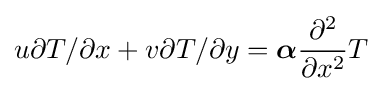
u\partial T/\partial x+v\partial T/\partial y={\boldsymbol {\alpha }}{\partial ^{2} \over \partial x^{2}}T